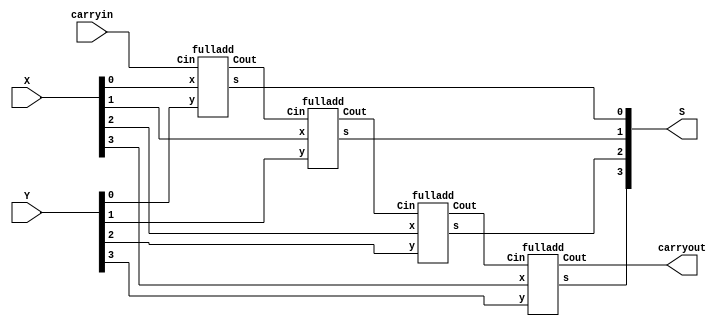
// This program was cloned from: https://github.com/matthewdelorenzo/CreativEval
// License: BSD 3-Clause "New" or "Revised" License

module top (carryin , X , Y , S , carryout);
  input carryin; 
  input [3:0] X, Y; 
  output [3:0] S; 
  output carryout; 
  wire [3:1] C; 
 
  fulladd stage0(carryin, X[0], Y[0], S[0], C[1]);   
  fulladd stage1(C[1], X[1], Y[1], S[1], C[2]); 
  fulladd stage2(C[2], X[2], Y[2], S[2], C[3]); 
  fulladd stage3(C[3], X[3], Y[3], S[3], carryout); 
 
endmodule 

module fulladd (Cin , x , y , s , Cout); 
  input Cin, x, y; 
  output s, Cout; 
 
  assign {Cout, s} = x + y + Cin; 
 
endmodule